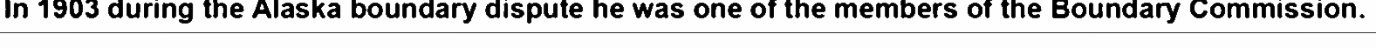
In 1903 during the Alaska boundary dispute he was one of the members of the Boundary Commission.